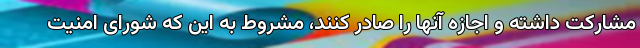
مشارکت داشته و اجازه آنها را صادر کنند، مشروط به این که شورای امنیت